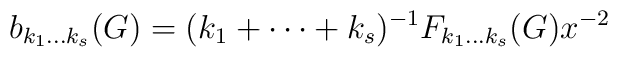
b_{k_1\ldots k_s}(G) =(k_1+\cdots+k_s)^{-1} F_{k_1\ldots k_s}(G) x^{-2}